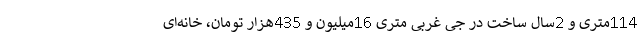
114متری و 2سال ساخت در جی غربی متری 16میلیون و 435هزار تومان، خانه‌ای